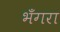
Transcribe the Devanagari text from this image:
भँगरा